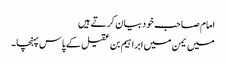
امام صاحب خود بیان کرتے ہیں
میں یمن میں ابراہیم بن عقیل کے پاس پہنچا۔